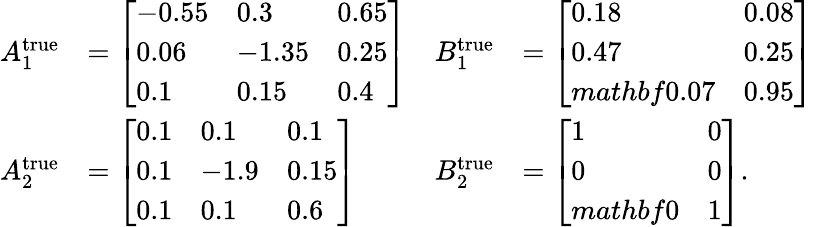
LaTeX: \begin{array}{rlrl}{A_{1}^{\textrm{true}}}&{=\left[\begin{array}{lll}{-0.55}&{0.3}&{0.65}\\ {0.06}&{-1.35}&{0.25}\\ {0.1}&{0.15}&{0.4}\end{array}\right]}&{B_{1}^{\textrm{true}}}&{=\left[\begin{array}{ll}{0.18}&{0.08}\\ {0.47}&{0.25}\\ {mathbf{0}.07}&{0.95}\end{array}\right]}\\ {A_{2}^{\textrm{true}}}&{=\left[\begin{array}{lll}{0.1}&{0.1}&{0.1}\\ {0.1}&{-1.9}&{0.15}\\ {0.1}&{0.1}&{0.6}\end{array}\right]}&{B_{2}^{\textrm{true}}}&{=\left[\begin{array}{ll}{1}&{0}\\ {0}&{0}\\ {mathbf{0}}&{1}\end{array}\right].}\end{array}